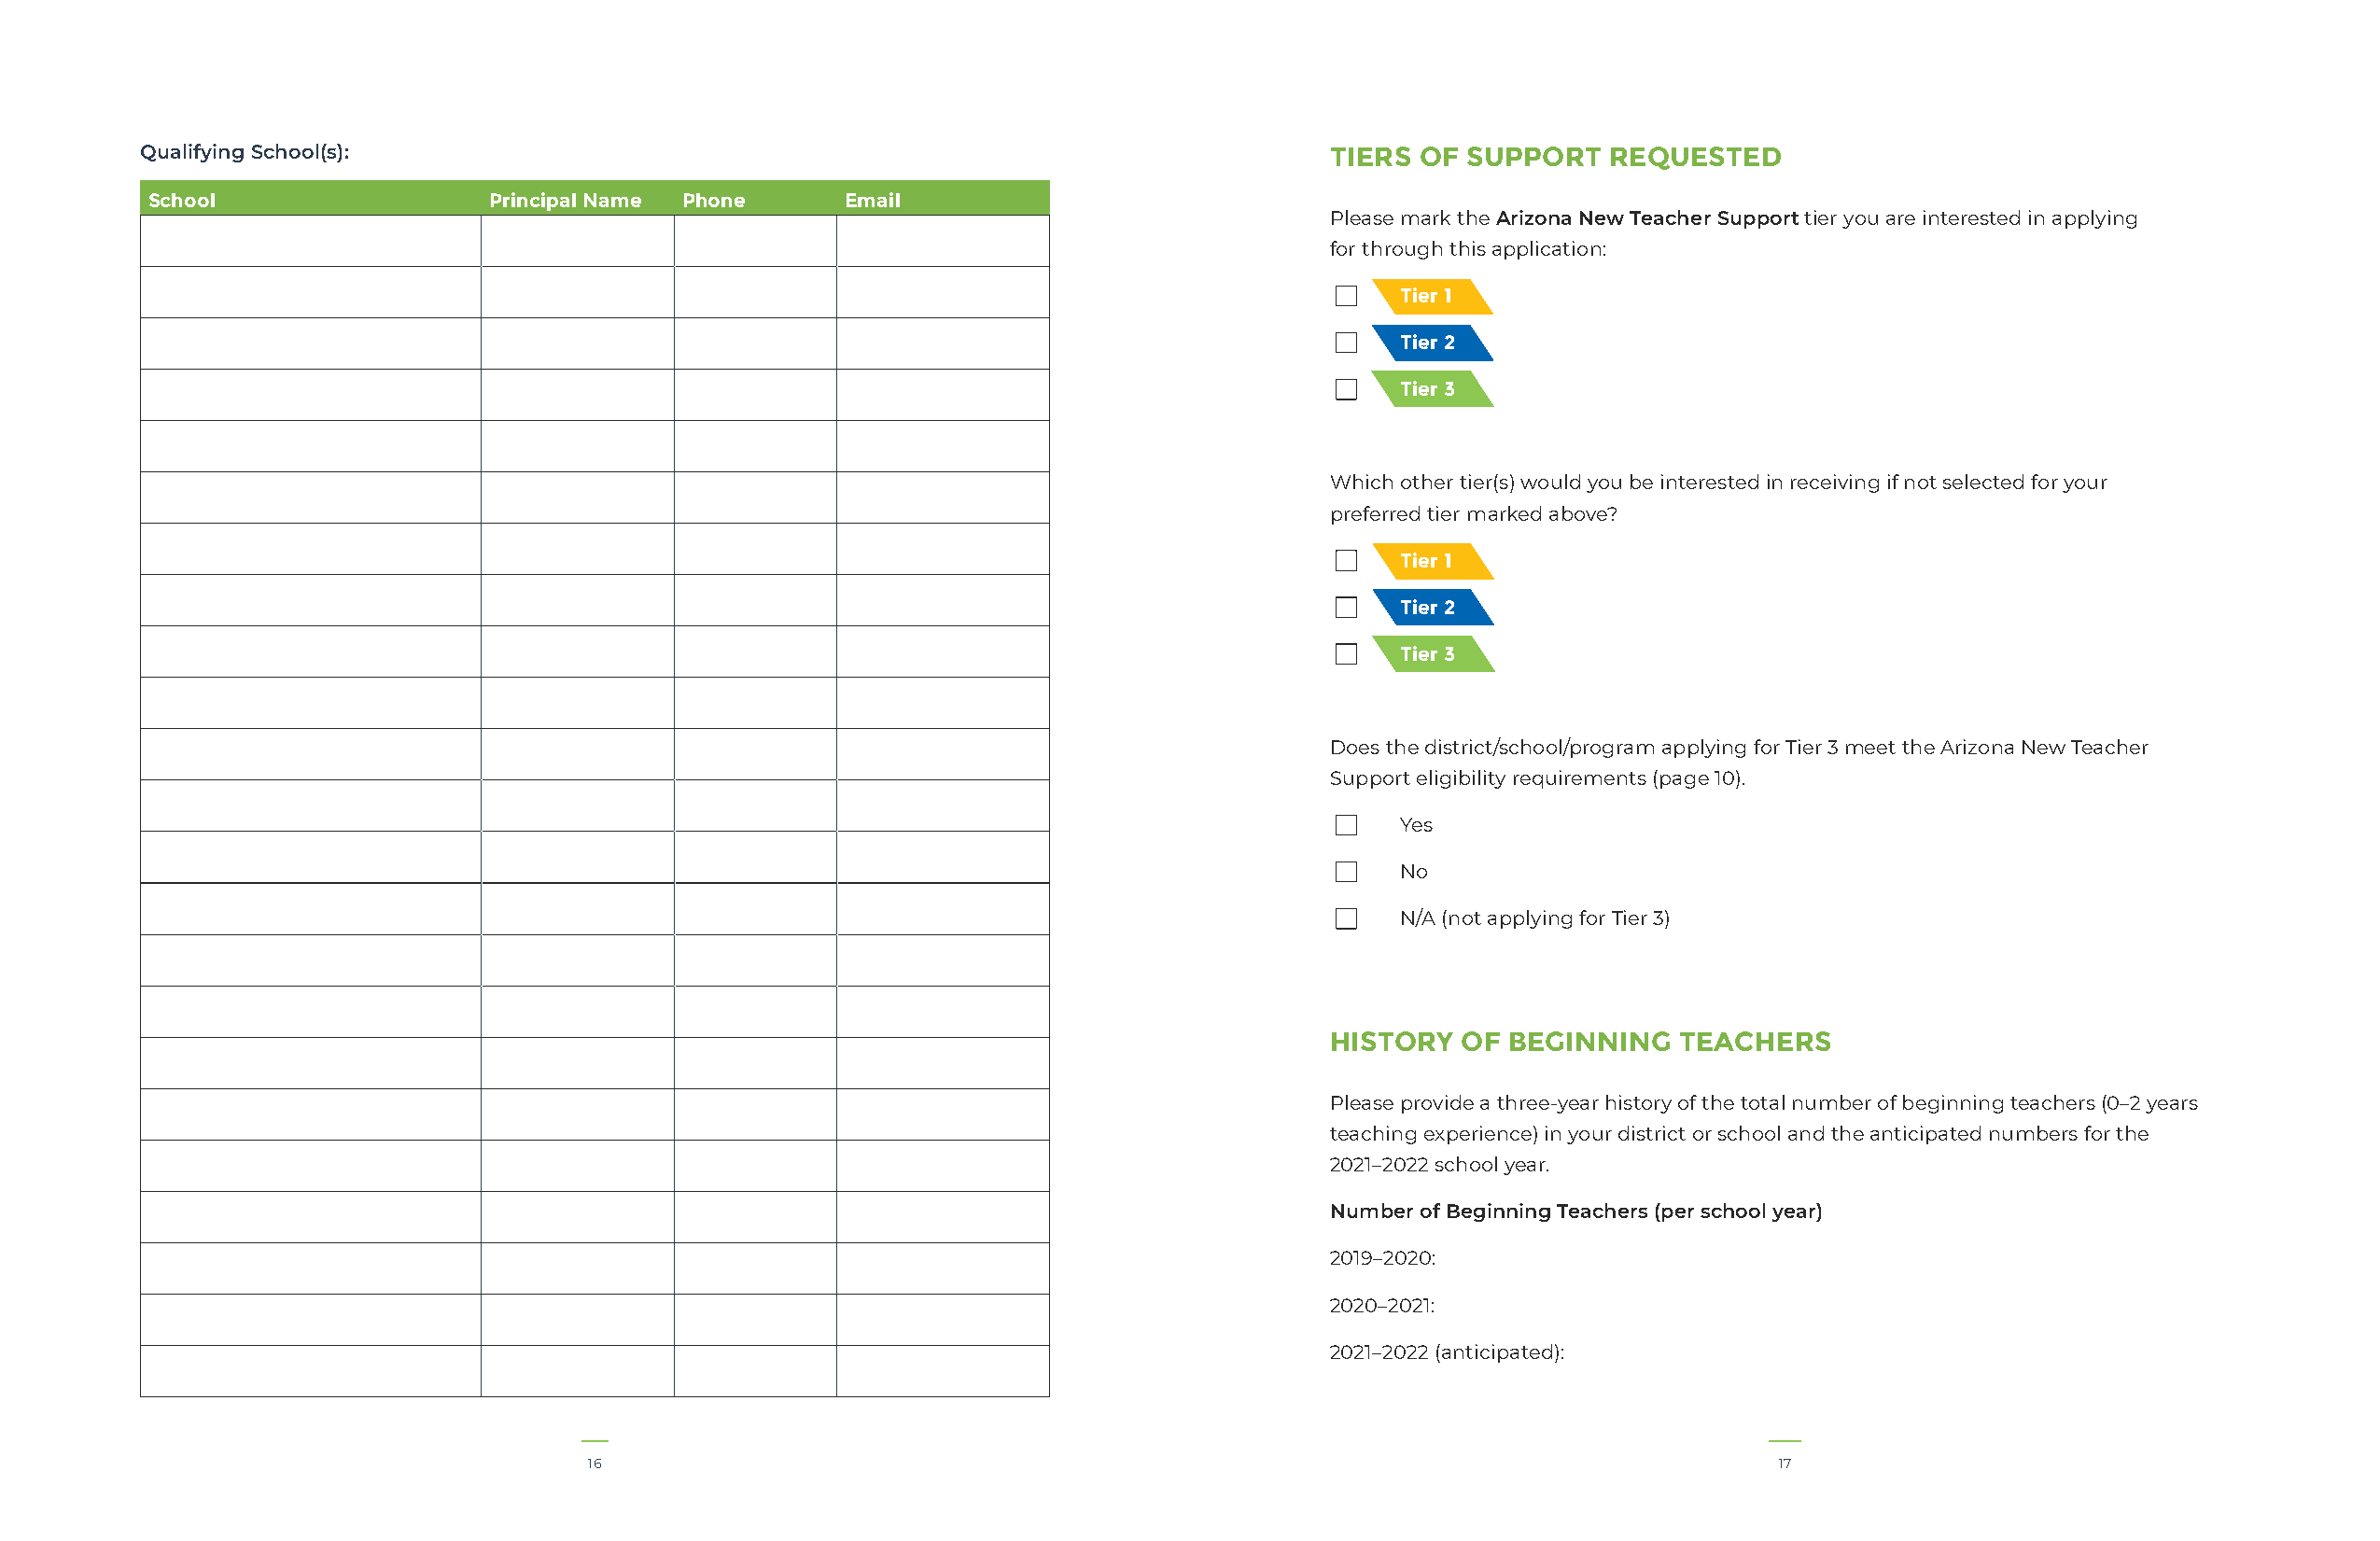
Qualifying School(s):                                                               TIERS  OF SUPPORT   REQUESTED
 School                   Principal Name Phone     Email
 Please mark the Arizona New Teacher Support tier you are interested in applying
 for through this application:
 □
 Tier 1
 □
 Tier 2
 □
 Tier 3
 Which other tier(s) would you be interested in receiving if not selected for your
 preferred tier marked above?
 □
 Tier 1
 □
 Tier 2
 □
 Tier 3
 Does the district/school/program applying for Tier 3 meet the Arizona New Teacher
 Support eligibility requirements (page 10).
 □
 Yes
 □
 No
 □
 N/A (not applying for Tier 3)
 HISTORY   OF BEGINNING   TEACHERS
 Please provide a three-year history of the total number of beginning teachers (0–2 years
 teaching experience) in your district or school and the anticipated numbers for the
 2021–2022 school year.
 Number of Beginning Teachers (per school year)
 2019–2020:
 2020–2021:
 2021–2022 (anticipated):
 16                                                                                  17